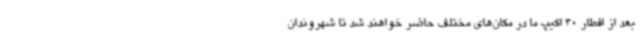
بعد از افطار 40 اکیپ ما در مکان‌های مختلف حاضر خواهند شد تا شهروندان